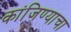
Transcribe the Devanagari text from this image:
कांजिण्याचा